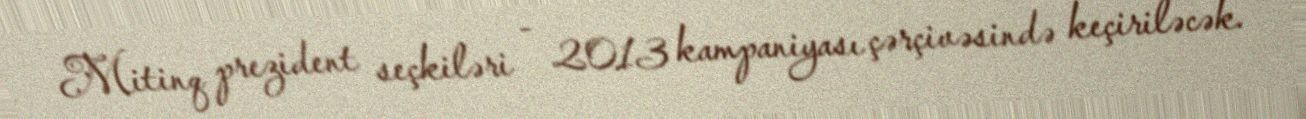
Mitinq prezident seçkiləri - 2013 kampaniyası çərçivəsində keçiriləcək.